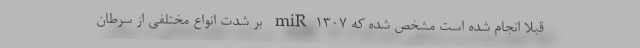
قبلا انجام شده است مشخص شده که miR۱۳۰۷ بر شدت انواع مختلفی از سرطان